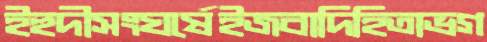
ইহুদীসংঘর্ষেইজবাদিহিতাভগ